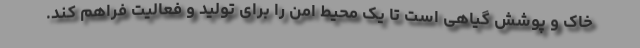
خاک و پوشش گیاهی است تا یک محیط امن را برای تولید و فعالیت فراهم کند.